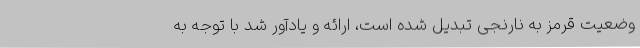
وضعیت قرمز به نارنجی تبدیل شده است، ارائه و یادآور شد با توجه به